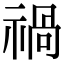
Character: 禍